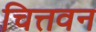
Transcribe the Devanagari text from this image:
चित्तवन